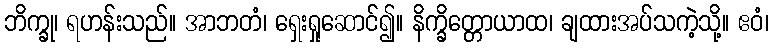
ဘိက္ခု၊ ရဟန်းသည်။ အာဘတံ၊ ရှေးရှုဆောင်၍။ နိက္ခိတ္တောယာထ၊ ချထားအပ်သကဲ့သို့။ ဧဝံ၊